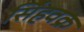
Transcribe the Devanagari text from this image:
सिंहवक्र